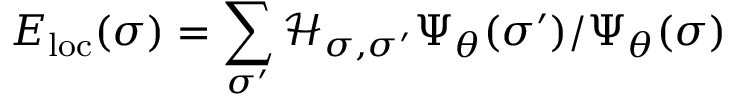
E _ { \mathrm { l o c } } ( \sigma ) = \sum _ { \sigma ^ { \prime } } \mathcal { H } _ { \sigma , \sigma ^ { \prime } } \Psi _ { \theta } ( \sigma ^ { \prime } ) / \Psi _ { \theta } ( \sigma )